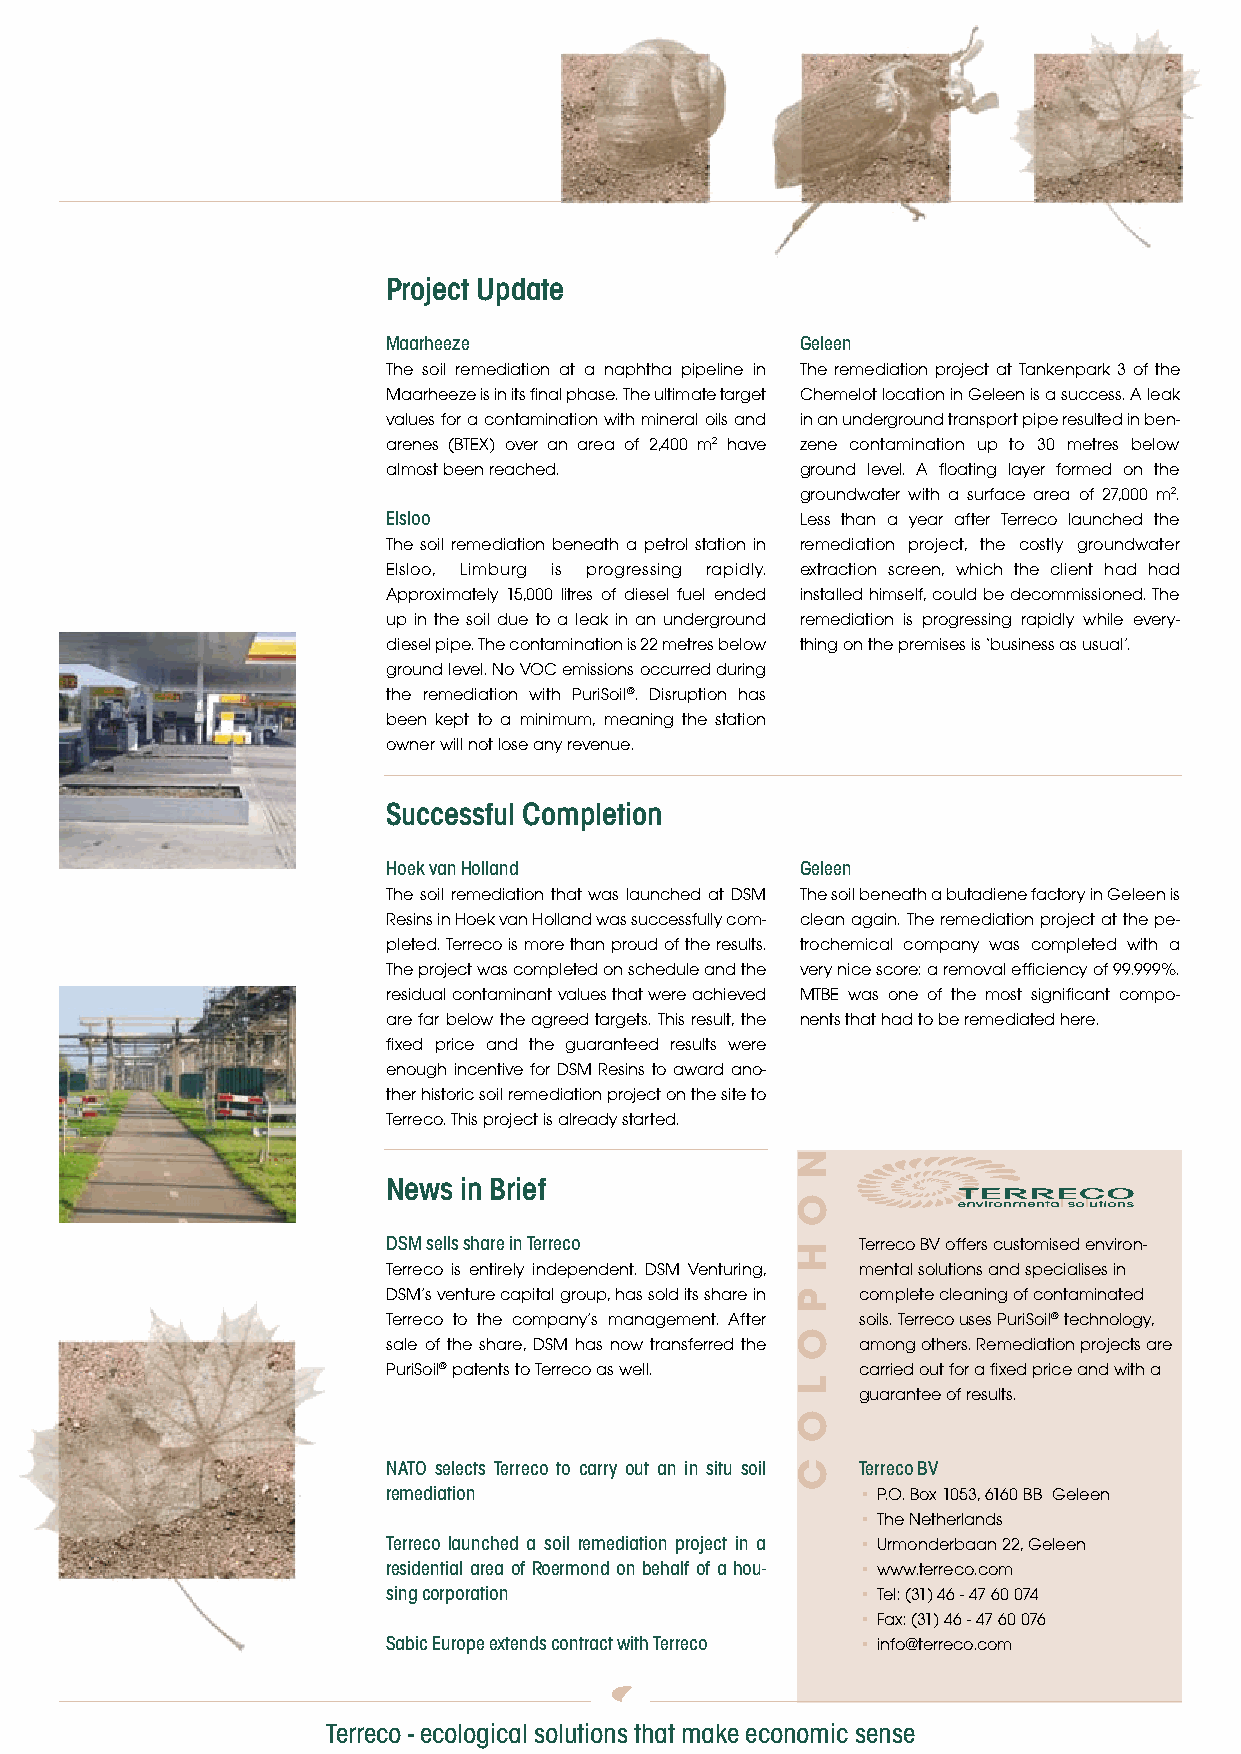
Project Update
 Maarheeze                  Geleen
 The soil remediation at a naphtha pipeline in The remediation project at Tankenpark 3 of the
 Maarheeze is in its final phase. The ultimate target Chemelot location in Geleen is a success. A leak
 values for a contamination with mineral oils and in an underground transport pipe resulted in ben-
 arenes (BTEX) over an area of 2,400 m2 have zene contamination up to 30 metres below
 almost been reached.       ground level. A floating layer formed on the
 groundwater with a surface area of 27,000 m2.
 Elsloo                     Less than a year after Terreco launched the
 The soil remediation beneath a petrol station in remediation project, the costly groundwater
 Elsloo, Limburg is progressing rapidly. extraction screen, which the client had had
 Approximately 15,000 litres of diesel fuel ended installed himself, could be decommissioned. The
 up in the soil due to a leak in an underground remediation is progressing rapidly while every-
 diesel pipe. The contamination is 22 metres below thing on the premises is ‘business as usual’.
 ground level. No VOC emissions occurred during
 the remediation with PuriSoil®. Disruption has
 been kept to a minimum, meaning the station
 owner will not lose any revenue.
 Successful Completion
 Hoek van Holland           Geleen
 The soil remediation that was launched at DSM The soil beneath a butadiene factory in Geleen is
 Resins in Hoek van Holland was successfully com- clean again. The remediation project at the pe-
 pleted. Terreco is more than proud of the results. trochemical company was completed with a
 The project was completed on schedule and the very nice score: a removal efficiency of 99.999%.
 residual contaminant values that were achieved MTBE was one of the most significant compo-
 are far below the agreed targets. This result, the nents that had to be remediated here.
 fixed price and the guaranteed results were
 enough incentive for DSM Resins to award ano-
 ther historic soil remediation project on the site to
 Terreco. This project is already started.
 News in Brief
 DSM sells share in Terreco     Terreco BV offers customised environ-
 Terreco is entirely independent. DSM Venturing, mental solutions and specialises in
 DSM’s venture capital group, has sold its share in complete cleaning of contaminated
 Terreco to the company’s management. After soils. Terreco uses PuriSoil® technology,
 sale of the share, DSM has now transferred the among others. Remediation projects are
 PuriSoil® patents to Terreco as well. carried out for a fixed price and with a
 guarantee of results.
 NATO selects Terreco to carry out an in situ soil Terreco BV
 remediation                    • P.O. Box 1053, 6160 BB Geleen
 • The Netherlands
 Terreco launched a soil remediation project in a • Urmonderbaan 22, Geleen
 residential area of Roermond on behalf of a hou- • www.terreco.com
 sing corporation               • Tel: (31) 46 - 47 60 074
 • Fax: (31) 46 - 47 60 076
 Sabic Europe extends contract with Terreco • info@terreco.com
 Terreco - ecological solutions that make economic sense
 n
 o
 h
 p
 o
 l
 o
 c